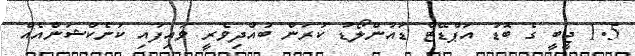
1.5 ޖީބީ ގެ ބޮޑު އަޕްޑޭޓް ޑައުންލޯޑު ކުރަން ބުއްދިވެރީ ވައިފައި ކަނެކްޝަންއެއް